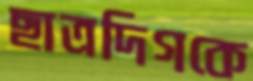
ছাত্রদিগকে